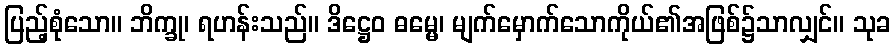
ပြည့်စုံသော။ ဘိက္ခု၊ ရဟန်းသည်။ ဒိဋ္ဌေဝ ဓမ္မေ၊ မျက်မှောက်သောကိုယ်၏အဖြစ်၌သာလျှင်။ သုခ